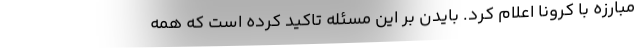
مبارزه با کرونا اعلام کرد. بایدن بر این مسئله تاکید کرده است که همه